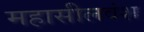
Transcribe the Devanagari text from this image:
महासीलवंश